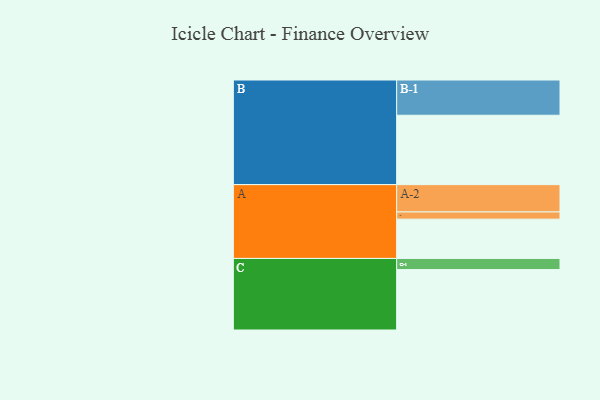
{"axis": {"x": "Segment", "y": "Value"}, "legend": ["", "A", "B", "C"], "data": [{"x": "A", "y": 328, "type": ""}, {"x": "B", "y": 579, "type": ""}, {"x": "C", "y": 504, "type": ""}, {"x": "A-1", "y": 60, "type": "A"}, {"x": "A-2", "y": 228, "type": "A"}, {"x": "B-1", "y": 294, "type": "B"}, {"x": "C-1", "y": 93, "type": "C"}]}